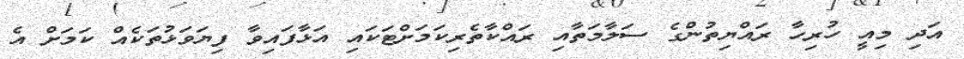
އަދި މިއީ ހުރިހާ ރައްޔިތުންގެ ސަލާމަތާއި ރައްކާތެރިކަމަށްޓަކައި އަޅާފައިވާ ފިޔަވަޅުތަކެއް ކަމަށް އެ